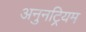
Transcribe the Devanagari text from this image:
अनुनट्रियम